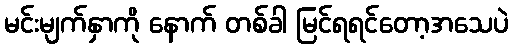
မင်းမျက်နှာကို နောက် တစ်ခါ မြင်ရရင်တော့အသေပဲ